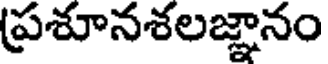
ప్రశూనశలజ్ఞానం